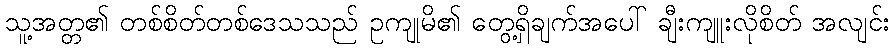
သူ့အတ္တ၏ တစ်စိတ်တစ်ဒေသသည် ဥကျုမိ၏ တွေ့ရှိချက်အပေါ် ချီးကျူးလိုစိတ် အလျင်း